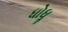
ધોધૢ